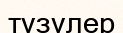
түзулер